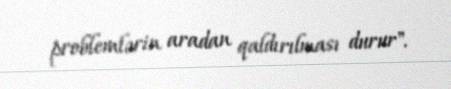
problemlərin aradan qaldırılması durur".